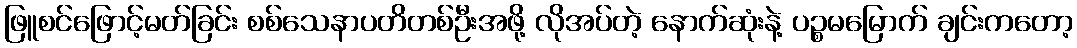
ဖြူစင်ဖြောင့်မတ်ခြင်း စစ်သေနာပတိတစ်ဦးအဖို့ လိုအပ်တဲ့ နောက်ဆုံးနဲ့ ပဉ္စမမြောက် ချင်းကတော့